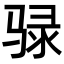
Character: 𫘧